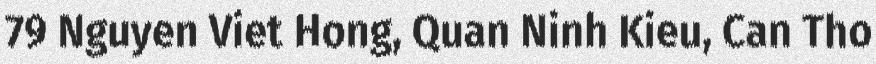
79 Nguyen Viet Hong, Quan Ninh Kieu, Can Tho